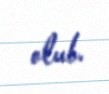
olub.